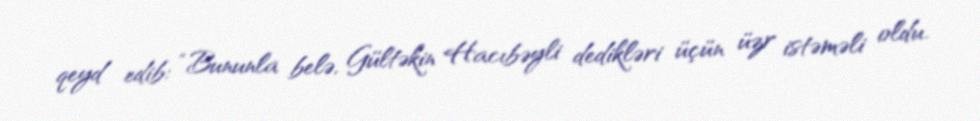
qeyd edib: “Bununla belə, Gültəkin Hacıbəyli dedikləri üçün üzr istəməli oldu.